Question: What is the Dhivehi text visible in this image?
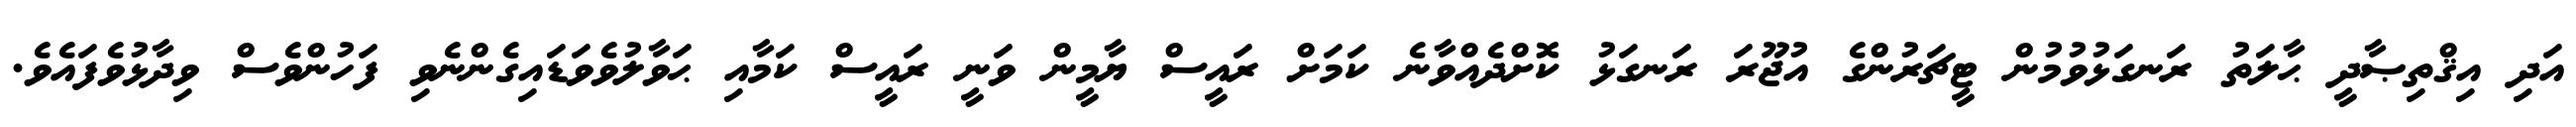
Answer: އަދި އިޤްތިޞާދީ ޙާލަތު ރަނގަޅުވުމުން ޓީޗަރުންގެ އުޖޫރަ ރަނގަޅު ކޮށްދެއްވާނެ ކަމަށް ރައީސް ޔާމީން ވަނީ ރައީސް ކަމާއި ޙަވާލުވެވަޑައިގެންނެވި ފަހުންވެސް ވިދާޅުވެފައެވެ.